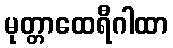
မုတ္တာထေရီဂါထာ